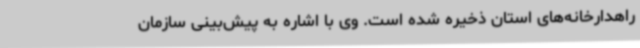
راهدارخانه‌های استان ذخیره شده است. وی با اشاره به پیش‌بینی سازمان